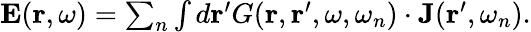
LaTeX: \begin{array}{r}{{\mathbf E}({\mathbf r},\omega)=\sum_{n}\int d{\mathbf r}^{\prime}G({\mathbf r},{\mathbf r}^{\prime},\omega,\omega_{n})\cdot{\mathbf J}({\mathbf r}^{\prime},\omega_{n}).}\end{array}